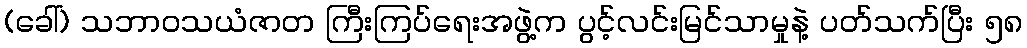
(ခေါ်) သဘာဝသယံဇာတ ကြီးကြပ်ရေးအဖွဲ့က ပွင့်လင်းမြင်သာမှုနဲ့ ပတ်သက်ပြီး ၅၈